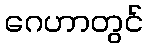
ဂေဟာတွင်